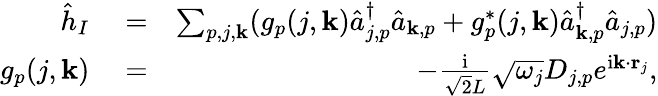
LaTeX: \begin{array}{rlr}{\hat{h}_{I}}&{{}=}&{\sum_{p,j,{\mathbf k}}(g_{p}(j,{\mathbf k})\hat{a}_{j,p}^{\dagger}\hat{a}_{{\mathbf k},p}+g_{p}^{*}(j,{\mathbf k})\hat{a}_{{\mathbf k},p}^{\dagger}\hat{a}_{j,p})}\\ {g_{p}(j,{\mathbf k})}&{{}=}&{-\frac{\mathrm{i}}{\sqrt{2}L}\sqrt{\omega_{j}}D_{j,p}e^{\mathrm{i}{\mathbf k}\cdot{\mathbf r}_{j}},}\end{array}